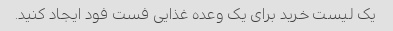
یک لیست خرید برای یک وعده غذایی فست فود ایجاد کنید.